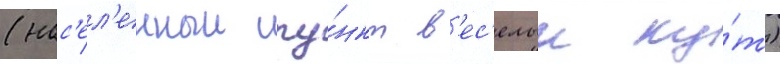
(нас'ел'енныи пу́нкт в'ес'елыи ку́т)